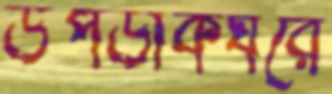
উপডাকঘরে